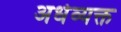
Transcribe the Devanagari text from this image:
अर्धव्यक्त